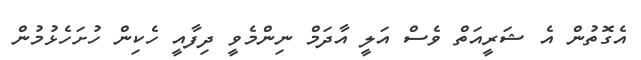
އެގޮތުން އެ ޝަރީއަތް ވެސް އަލީ އާދަމް ނިންމެވީ ދިފާއީ ހެކިން ހުށަހެޅުމުން